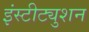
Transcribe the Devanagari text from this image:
इंस्टीट्युशन